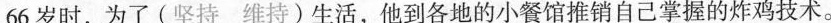
66岁时，为了(坚持维持)生活，他到各地的小餐馆推销自己掌握的炸鸡技术。